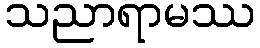
သညာရာမဿ